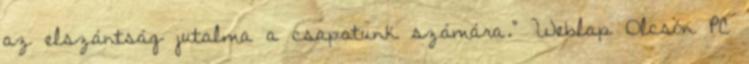
az elszántság jutalma a csapatunk számára." Weblap Olcsón PC